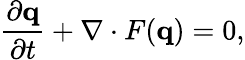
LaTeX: \frac{\partial\mathbf{q}}{\partial t}+\nabla\cdot F(\mathbf{q})=0,